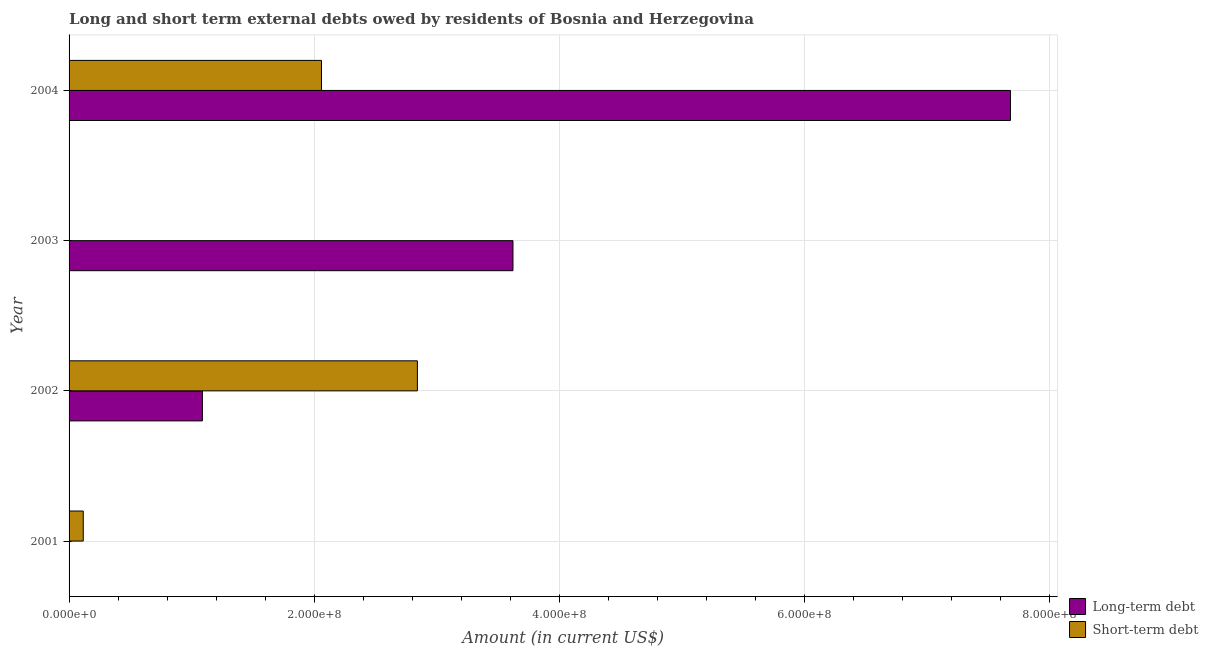
| Year | Long-term debt | Short-term debt |
 | --- | --- | --- |
 | 2001 | -5.51e+07 | 1.16e+07 |
 | 2002 | 1.09e+08 | 2.84e+08 |
 | 2003 | 3.62e+08 | -2.37e+08 |
 | 2004 | 7.68e+08 | 2.06e+08 |